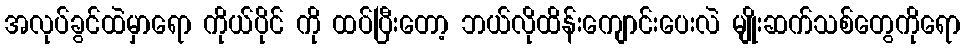
အလုပ်ခွင်ထဲမှာရော ကိုယ်ပိုင် ကို ထပ်ပြီးတော့ ဘယ်လိုထိန်းကျောင်းပေးလဲ မျိုးဆက်သစ်တွေကိုရော